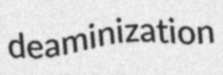
deaminization